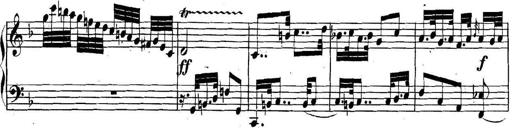
Title: Collected Piano Sonatas
Composer: Muzio Clementi